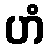
ဟံ